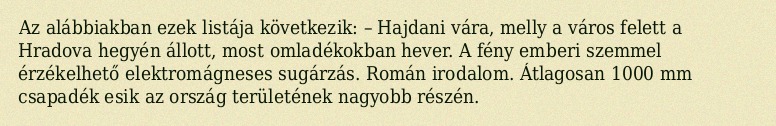
Az alábbiakban ezek listája következik: – Hajdani vára, melly a város felett a Hradova hegyén állott, most omladékokban hever. A fény emberi szemmel érzékelhető elektromágneses sugárzás. Román irodalom. Átlagosan 1000 mm csapadék esik az ország területének nagyobb részén.